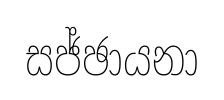
සජ්ඡායනා